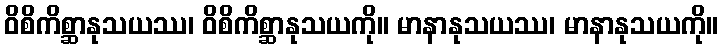
ဝိစိကိစ္ဆာနုသယဿ၊ ဝိစိကိစ္ဆာနုသယကို။ မာနာနုသယဿ၊ မာနာနုသယကို။